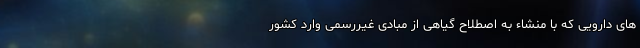
های دارویی که با منشاء به اصطلاح گیاهی از مبادی غیررسمی وارد کشور